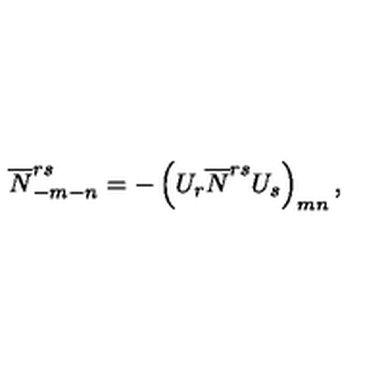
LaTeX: \overline { { N } } _ { - m - n } ^ { r s } = - \left( U _ { r } \overline { { N } } ^ { r s } U _ { s } \right) _ { m n } ,